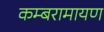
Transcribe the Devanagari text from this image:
कम्बरामायण